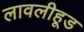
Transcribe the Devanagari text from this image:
लावलीहूड